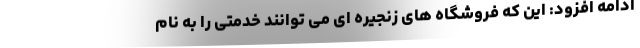
ادامه افزود: این که فروشگاه های زنجیره ای می توانند خدمتی را به نام